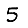
Digit: 5